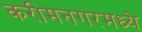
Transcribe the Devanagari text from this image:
करीमनगरमध्ये